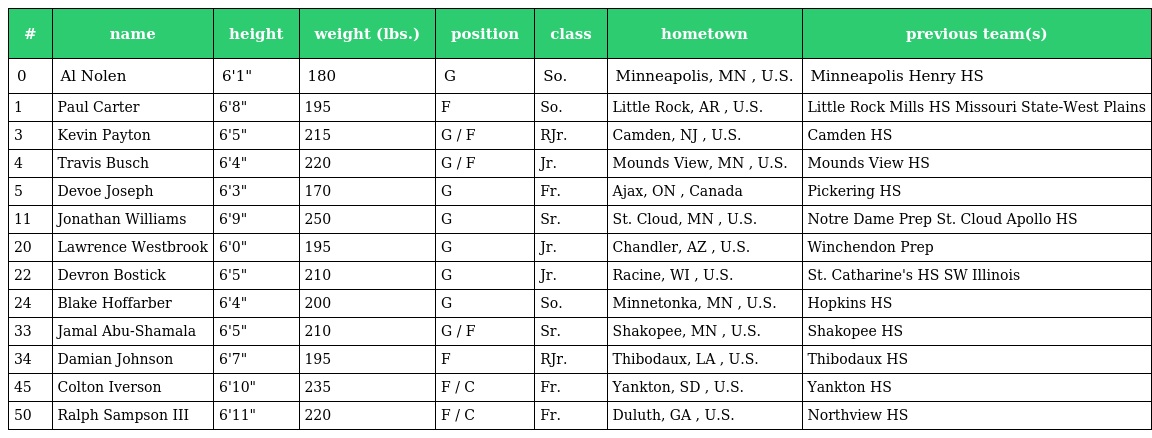
| # | name | height | weight (lbs.) | position | class | hometown | previous team(s) |
 | --- | --- | --- | --- | --- | --- | --- | --- |
 | 0 | Al Nolen | 6'1" | 180 | G | So. | Minneapolis, MN , U.S. | Minneapolis Henry HS |
 | 1 | Paul Carter | 6'8" | 195 | F | So. | Little Rock, AR , U.S. | Little Rock Mills HS Missouri State-West Plains |
 | 3 | Kevin Payton | 6'5" | 215 | G / F | RJr. | Camden, NJ , U.S. | Camden HS |
 | 4 | Travis Busch | 6'4" | 220 | G / F | Jr. | Mounds View, MN , U.S. | Mounds View HS |
 | 5 | Devoe Joseph | 6'3" | 170 | G | Fr. | Ajax, ON , Canada | Pickering HS |
 | 11 | Jonathan Williams | 6'9" | 250 | G | Sr. | St. Cloud, MN , U.S. | Notre Dame Prep St. Cloud Apollo HS |
 | 20 | Lawrence Westbrook | 6'0" | 195 | G | Jr. | Chandler, AZ , U.S. | Winchendon Prep |
 | 22 | Devron Bostick | 6'5" | 210 | G | Jr. | Racine, WI , U.S. | St. Catharine's HS SW Illinois |
 | 24 | Blake Hoffarber | 6'4" | 200 | G | So. | Minnetonka, MN , U.S. | Hopkins HS |
 | 33 | Jamal Abu-Shamala | 6'5" | 210 | G / F | Sr. | Shakopee, MN , U.S. | Shakopee HS |
 | 34 | Damian Johnson | 6'7" | 195 | F | RJr. | Thibodaux, LA , U.S. | Thibodaux HS |
 | 45 | Colton Iverson | 6'10" | 235 | F / C | Fr. | Yankton, SD , U.S. | Yankton HS |
 | 50 | Ralph Sampson III | 6'11" | 220 | F / C | Fr. | Duluth, GA , U.S. | Northview HS |